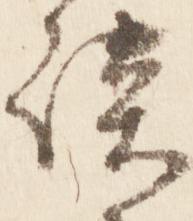
談